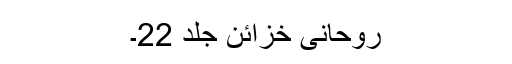
روحانی خزائن جلد 22۔